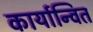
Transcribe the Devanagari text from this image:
कार्यान्‍वित